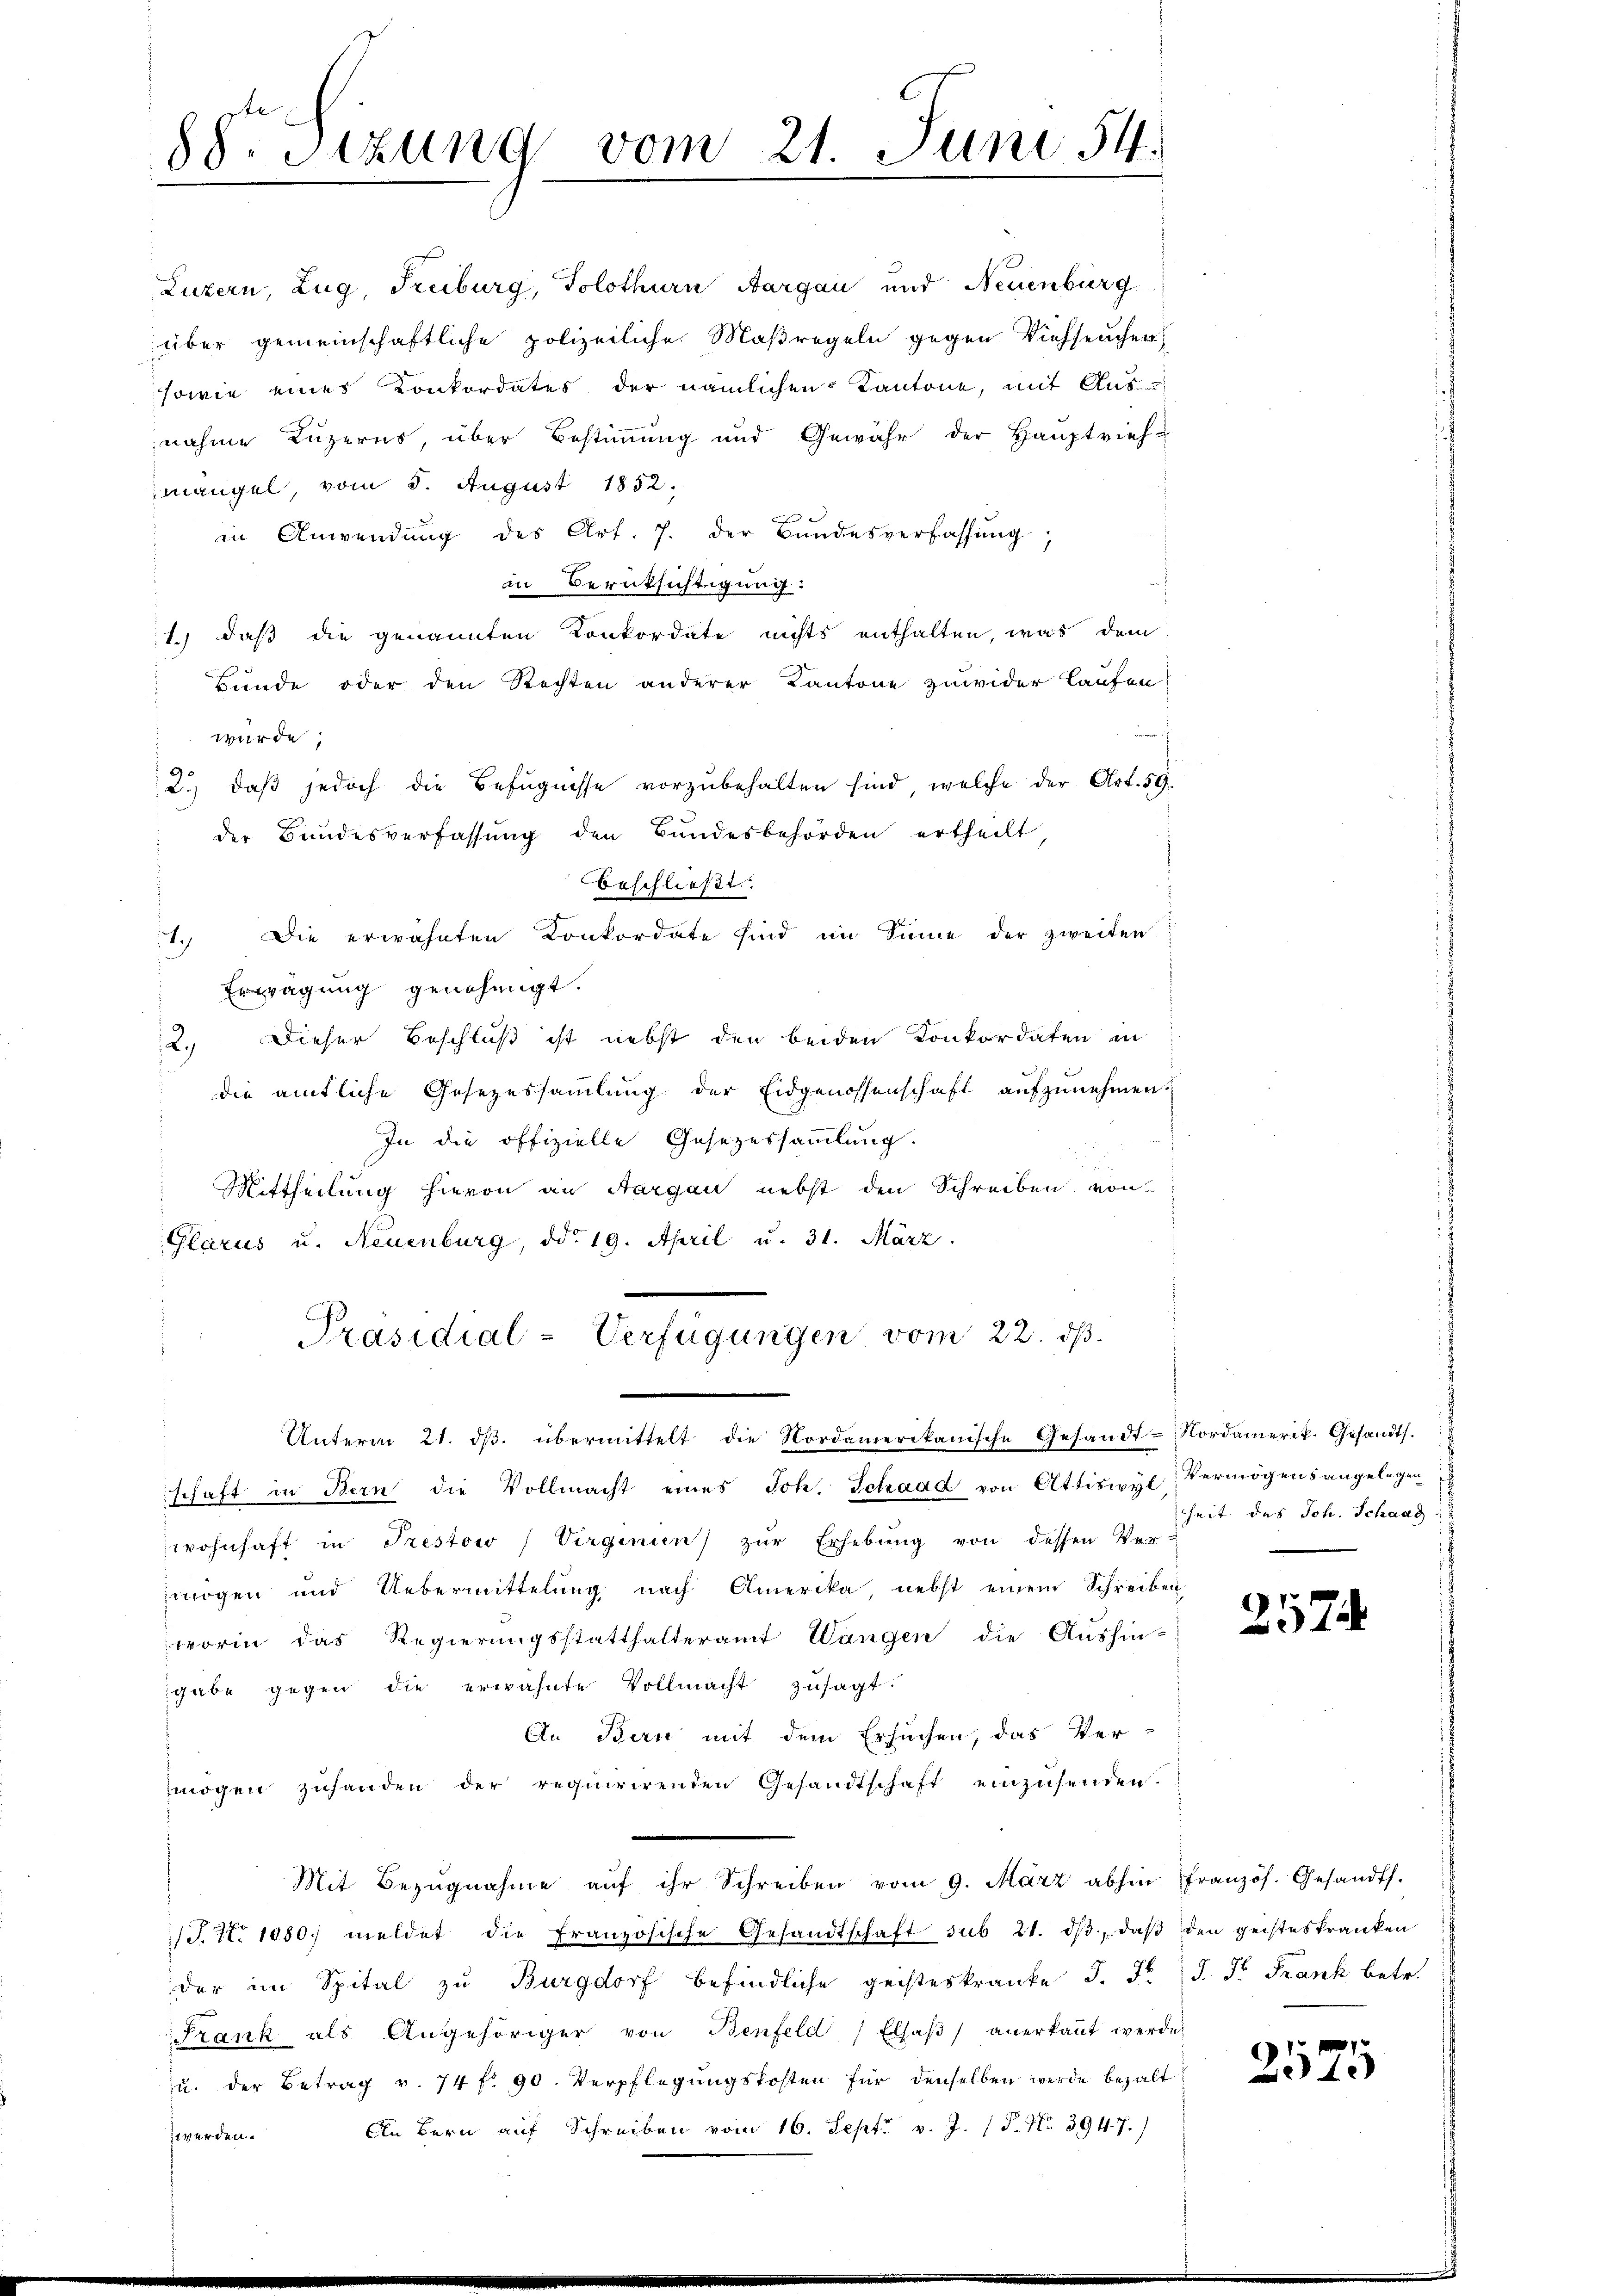
88. Sitzung vom 21. Juni 54.

in Anwendŭng des Art. 7. der Bundesverfassŭng,
in Berüksichtigung:
1.) daß die genannten Konkordate nichts enthalten, was dem
Bunde oder den Rechten anderer Kantone zuwider laufen:
wurde,
2.) daβ jedoch die Befugnisse vorzubehalten sind, welche der Art. 59.
e
der Bundesverfassung den Bundesbehörden ertheilt,
beschließt:
Die erwähnten Konkordate sind im Sinne der zweiten:
1)
Erwägung genehmigt.
Dieser Beschluß ist nebst den beiden Konkordaten in
2)
die amtliche Gesezessammlung der Eidgenossenschaft aufzunehmen.
In die offizielle Gesezessammlung.
Mittheilung hievon an Aargau nebst den Schreiben von
Glarus u. Neuenburg, ddo 19. April u. 31. März.
Präsidial-Verfügungen vom 22. ds.
Unterm 21. dβ. übermittelt die Nordamerikanische Gesandt-Nordamerik. Gesandts.
schaft in Bern die Vollmacht eines Joh. Schaad von Attiswyl, Vermögensangelegen
wohnhaft in Prestow / Virginin) zur Erhebung von dessen Vermögen und Uebermittelung nach Amerika nebst einem Schreiben
worin das Regierungsstatthalteramt Wangen die Aushin-
gabe gegen die erwähnte Vollmacht zusagt.
An Bern mit dem Ersuchen, das Ver-
mögen zuhanden der requirirenden Gesandtschaft einzusenden.
Mit Bezŭgnahme aŭf ihr Schreiben vom 9. März abhin französ. Gesandts.
S.S. 1080. meldet die Französische Gesandtschaft sub 21. dβ, daβ den geisteskranken
der im Spital zu Burgdorf befindliche geisteskranke J. J. J. F. Frank betr.
Frank als Angehöriger von Benfeld, Elsaβ anerkaṅt werde.
u. der Betrag v. 74 f. 90. Verpflegungskosten für denselben werde bezalt
An Bern auf Schreiben vom 16. Sept. v. J. 18. No 394. 7.
z werden.

Luzern, Zug, Freiburg, Solothurn, Aargau und Neuenburg
über gemeinschaftliche polizeiliche Maßregeln gegen Viehseucher
sowie eines Konkordates der nämlichen Kantone, mit Aus
nahme Luzerns, über Bestimmung und Gewähr der Hauptvieh-
mangel, vom 5. August 1852.

heit des Joh. Schaag

257

2575